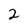
Character: 2